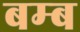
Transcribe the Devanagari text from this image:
बम्‍ब